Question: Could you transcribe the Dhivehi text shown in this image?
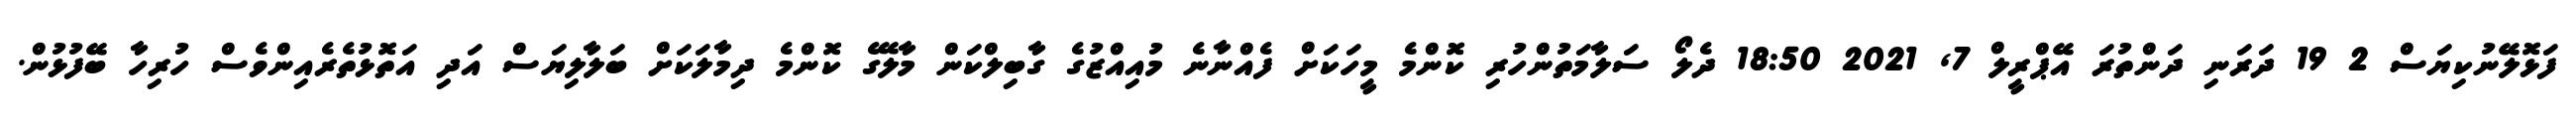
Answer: ފަޅޮލޭނުކިޔަސް 2 19 ދަރަނި ދަންތުރަ އޭޕްރީލް 7, 2021 18:50 ދެލޯ ސަލާމަތުންހުރި ކޮންމެ މީހަކަށް ފެއްނާނެ މުއިއްޒުގެ ގާބިލްކަން މާލޭގެ ކޮންމެ ދިމާލަކަށް ބަލާލިޔަސް އަދި އަތޮޅުތެރެއިންވެސް ހުރިހާ ބޭފުޅުން.